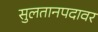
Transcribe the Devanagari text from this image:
सुलतानपदावर